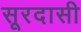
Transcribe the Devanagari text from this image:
सूरदासी